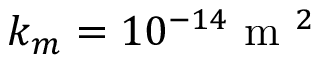
k _ { m } = 1 0 ^ { - 1 4 } \mathrm { ~ m ~ } ^ { 2 }